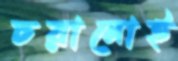
চরানোই